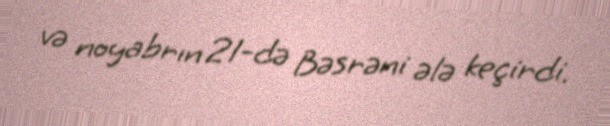
və noyabrın 21-də Bəsrəni ələ keçirdi.